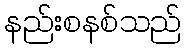
နည်းစနစ်သည်